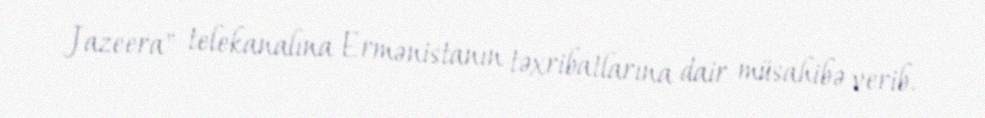
Jazeera" telekanalına Ermənistanın təxribatlarına dair müsahibə verib.